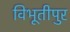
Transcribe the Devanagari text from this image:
विभूतीपुर